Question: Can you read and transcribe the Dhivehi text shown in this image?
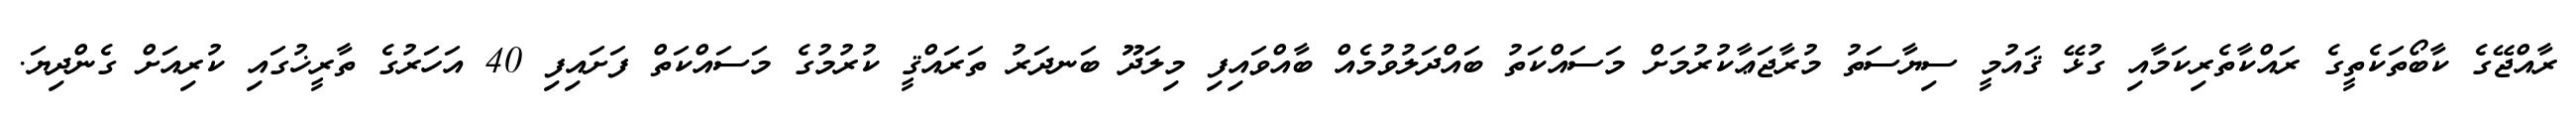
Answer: ރާއްޖޭގެ ކާބޯތަކެތީގެ ރައްކާތެރިކަމާއި ގުޅޭ ޤައުމީ ސިޔާސަތު މުރާޖަޢާކުރުމަށް މަސައްކަތު ބައްދަލުވުމެއް ބާއްވައިފި މިލަދޫ ބަނދަރު ތަރައްޤީ ކުރުމުގެ މަސައްކަތް ފަށައިފި 40 އަހަރުގެ ތާރީޚުގައި ކުރިއަށް ގެންދިޔަ.